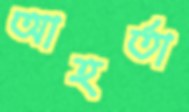
আহর্তা